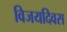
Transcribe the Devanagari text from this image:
विजयदिवस